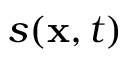
s ( \mathbf { x } , t )